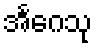
အင်္ဂေသု